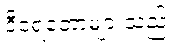
ဒီရေတောများသည်